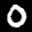
Label: 0